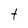
Character: t